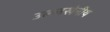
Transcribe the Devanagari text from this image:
उल्‍लखेनीय